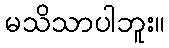
မသိသာပါဘူး။